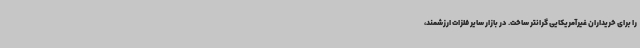
را برای خریداران غیرآمریکایی گرانتر ساخت. در بازار سایر فلزات ارزشمند،